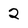
Character: 2